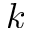
k